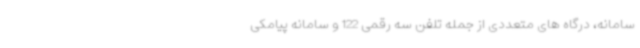
سامانه، درگاه های متعددی از جمله تلفن سه رقمی 122 و سامانه پیامکی